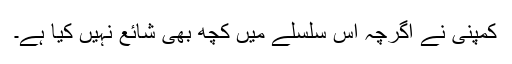
کمپنی نے اگرچہ اس سلسلے میں کچھ بھی شائع نہیں کیا ہے۔